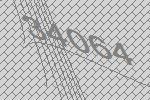
34064